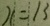
x = 1 3